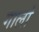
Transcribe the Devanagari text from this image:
गालां